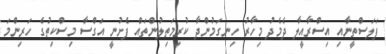
ފަލަސްތީނާއި އިސްރާއީލާ ދެމެދު މިހާރު ހިނގަމުންދާ ކުރިމަތިލުންތައް ފެށުނީ އަގްސާ މިސްކިތުގެ ހަރިންމަ